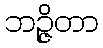
ဘဉ္ဇိတာ